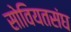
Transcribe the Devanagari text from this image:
सोवियतसंघ